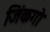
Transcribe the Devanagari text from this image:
जिंकगो